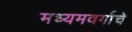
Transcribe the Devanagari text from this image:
मध्यमवर्गाचे